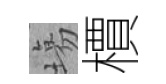
塲檟